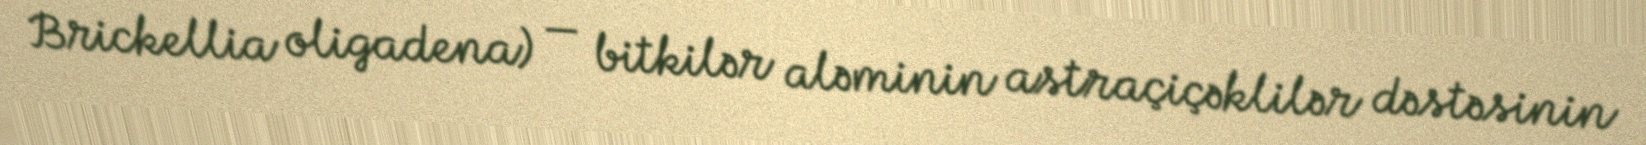
Brickellia oligadena) — bitkilər aləminin astraçiçəklilər dəstəsinin